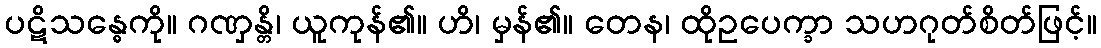
ပဋိသန္ဓေကို။ ဂဏှန္တိ၊ ယူကုန်၏။ ဟိ၊ မှန်၏။ တေန၊ ထိုဥပေက္ခာ သဟဂုတ်စိတ်ဖြင့်။